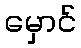
မှောင်